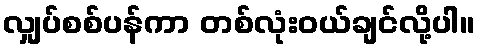
လျှပ်စစ်ပန်ကာ တစ်လုံးဝယ်ချင်လို့ပါ။